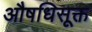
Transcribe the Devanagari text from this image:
औषधिसूक्त